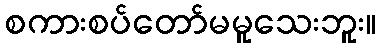
စကားစပ်တော်မမူသေးဘူး။